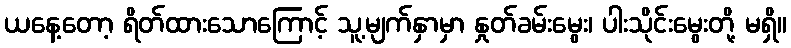
ယနေ့တော့ ရိတ်ထားသောကြောင့် သူ့မျက်နှာမှာ နှုတ်ခမ်းမွေး၊ ပါးသိုင်းမွေးတို့ မရှိ။